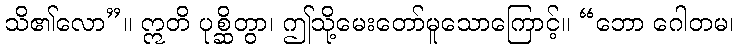
သိ၏လော”။ ဣတိ ပုစ္ဆိတွာ၊ ဤသို့မေးတော်မူသောကြောင့်။ “ဘော ဂေါတမ၊